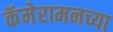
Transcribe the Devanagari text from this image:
कॅमेरामनच्या